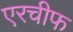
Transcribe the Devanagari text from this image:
एरचीफ